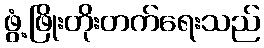
ဖွံ့ဖြိုးတိုးတက်ရေးသည်